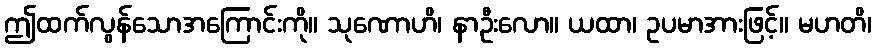
ဤထက်လွန်သောအကြောင်းကို။ သုဏောဟိ၊ နာဦးလော။ ယထာ၊ ဥပမာအားဖြင့်။ မဟတိ၊